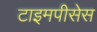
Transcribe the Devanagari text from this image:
टाइमपीसेस